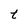
Character: t